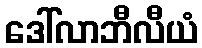
ဒေါ်လာဘီလီယံ